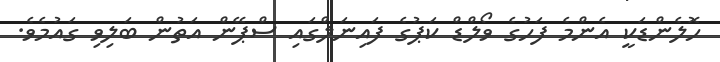
ހޮލެންޑަކީ އެންމެ ފަހުގެ ވޯލްޑް ކަޕުގެ ފައިނަލްގައި ސްޕޭން އަތުން ބަލިވި ގައުމެވެ.